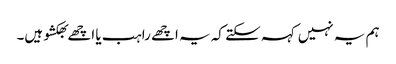
ہم یہ نہیں کہہ سکتے کہ یہ اچھے راہب یا اچھے بھکشو ہیں۔